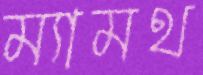
ম্যামথ